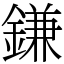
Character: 鎌